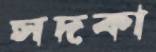
সদকা